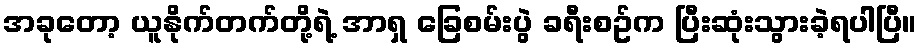
အခုတော့ ယူနိုက်တက်တို့ရဲ့ အာရှ ခြေစမ်းပွဲ ခရီးစဥ်က ပြီးဆုံးသွားခဲ့ရပါပြီ။